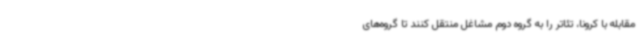
مقابله با کرونا، تئاتر را به گروه دوم مشاغل منتقل کنند تا گروه‌های